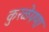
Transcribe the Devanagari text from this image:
कुरळेपणा